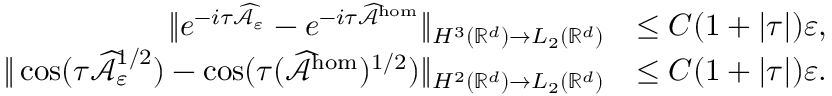
\begin{array} { r l } { \| e ^ { - i \tau \widehat { \mathcal { A } } _ { \varepsilon } } - e ^ { - i \tau \widehat { \mathcal { A } } ^ { \mathrm { h o m } } } \| _ { H ^ { 3 } ( \mathbb { R } ^ { d } ) \to L _ { 2 } ( \mathbb { R } ^ { d } ) } } & { \le C ( 1 + | \tau | ) \varepsilon , } \\ { \| \cos ( \tau \widehat { \mathcal { A } } _ { \varepsilon } ^ { 1 / 2 } ) - \cos ( \tau ( \widehat { \mathcal { A } } ^ { \mathrm { h o m } } ) ^ { 1 / 2 } ) \| _ { H ^ { 2 } ( \mathbb { R } ^ { d } ) \to L _ { 2 } ( \mathbb { R } ^ { d } ) } } & { \le C ( 1 + | \tau | ) \varepsilon . } \end{array}